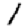
Digit: 1